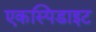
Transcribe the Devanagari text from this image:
एकस्पिडाइट